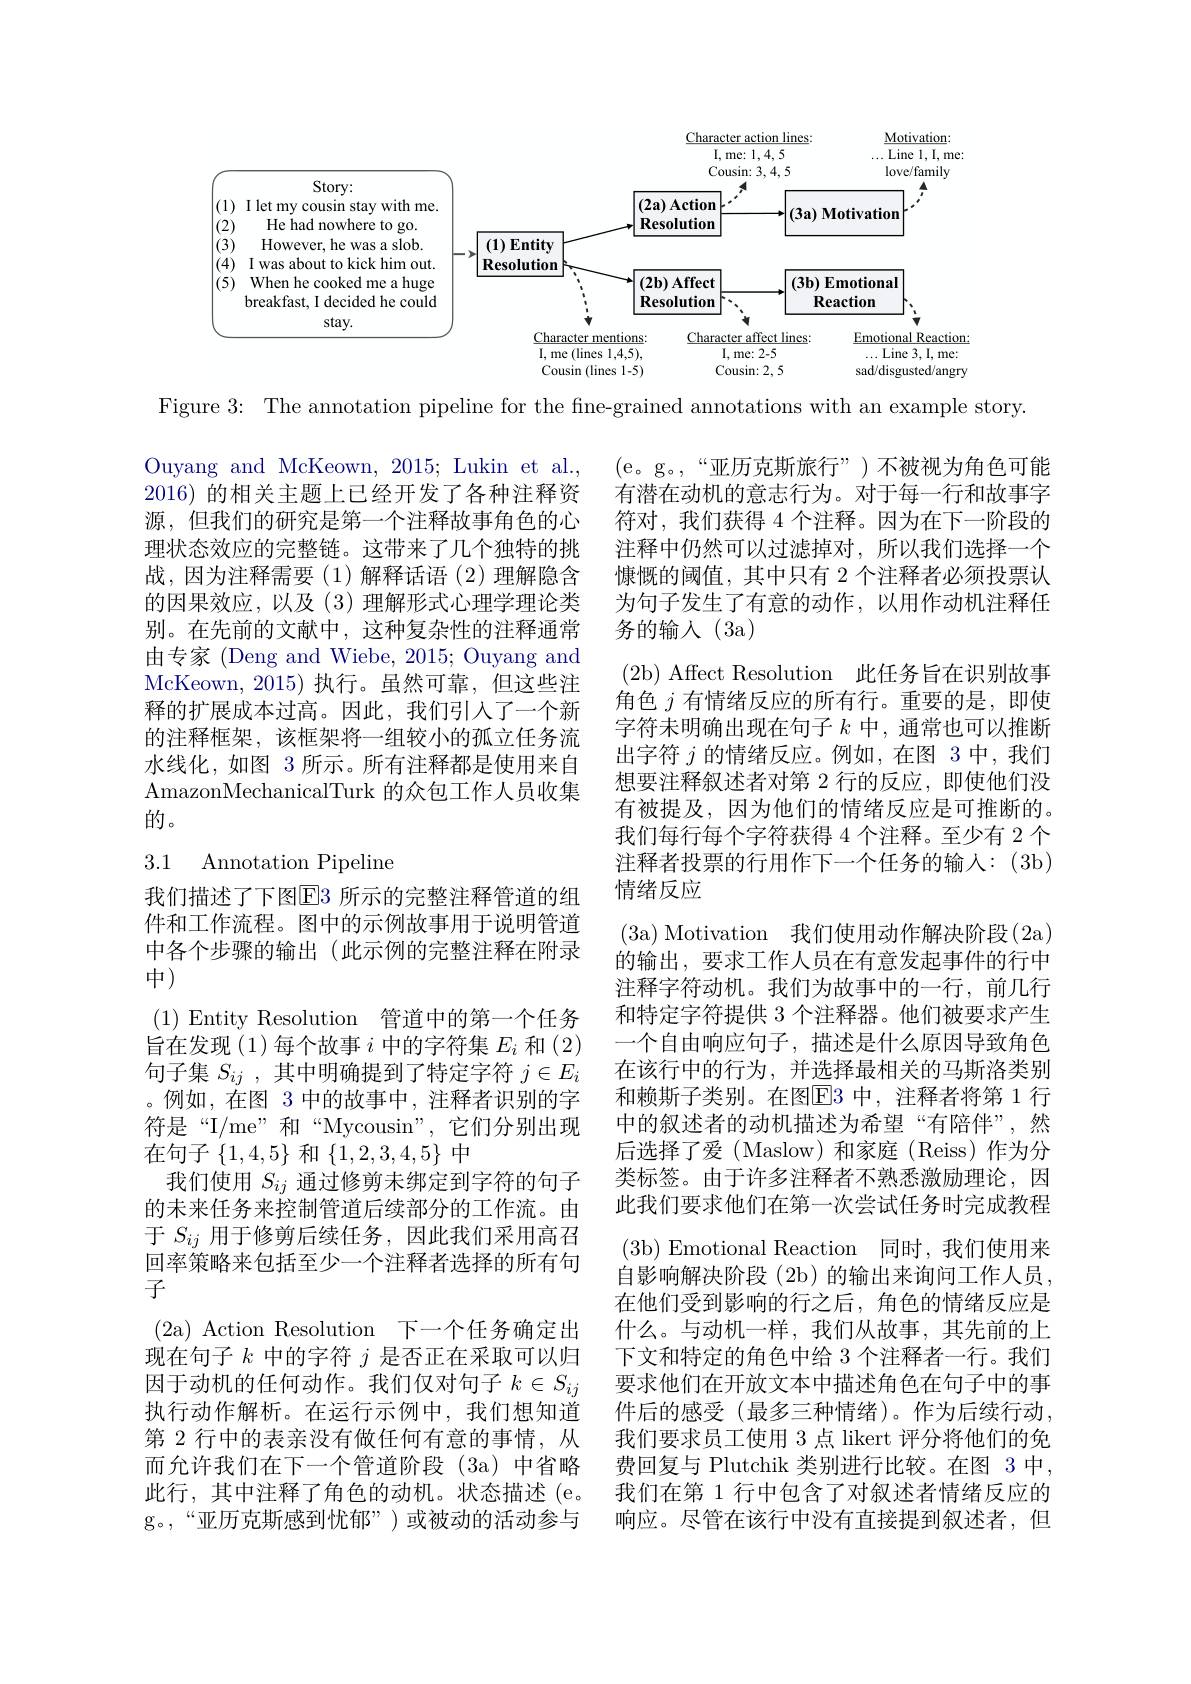
<FigureHere>

Figure 3: The annotation pipeline for the fine-grained annotations with an example story.

Ouyang and McKeown, 2015; Lukin et al., 2016) 的相关主题上已经开发了各种注释资源，但我们的研究是第一个注释故事角色的心理状态效应的完整链。这带来了几个独特的挑战，因为注释需要(1)解释话语(2)理解隐含的因果效应，以及(3)理解形式心理学理论类别。在先前的文献中，这种复杂性的注释通常由专家 (Deng and Wiebe, 2015; Ouyang and McKeown, 2015) 执行。虽然可靠，但这些注释的扩展成本过高。因此，我们引入了一个新的注释框架，该框架将一组较小的孤立任务流水线化，如图 3 所示。所有注释都是使用来自AmazonMechanicalTurk 的众包工作人员收集的。

## 3.1 Annotation Pipeline

(e。g。“亚历克斯旅行”)不被视为角色可能有潜在动机的意志行为。对于每一行和故事字符对，我们获得 4 个注释。因为在下一阶段的注释中仍然可以过滤掉对，所以我们选择一个慷慨的阈值，其中只有 2 个注释者必须投票认为句子发生了有意的动作，以用作动机注释任务的输人(3a)
( 2b) Affect Resolution 此任务旨在识别故事角色$j$有情绪反应的所有行。重要的是，即使字符未明确出现在句子$k$中，通常也可以推断出字符$j$的情绪反应。例如，在图 3中，我们想要注释叙述者对第 2 行的反应，即使他们没有被提及，因为他们的情绪反应是可推断的。我们每行每个字符获得 4 个注释。至少有 2 个注释者投票的行用作下一个任务的输人：(3b) 情绪反应
(3a)Motivation 我们使用动作解决阶段(2a) 的输出，要求工作人员在有意发起事件的行中注释字符动机。我们为故事中的一行，前几行和特定字符提供 3 个注释器。他们被要求产生一个自由响应句子，描述是什么原因导致角色在该行中的行为，并选择最相关的马斯洛类别和赖斯子类别。在图$\overline{\mathrm{E}}$3 中，注释者将第 1 行中的叙述者的动机描述为希望“有陪伴”,然后选择了爱 (Maslow)和家庭(Reiss)作为分类标签。由于许多注释者不熟悉激励理论，因此我们要求他们在第一次尝试任务时完成教程( 3b) Emotional Reaction 同时，我们使用来自影响解决阶段(2b)的输出来询问工作人员， 在他们受到影响的行之后，角色的情绪反应是什么。与动机一样，我们从故事，其先前的上下文和特定的角色中给 3 个注释者一行。我们要求他们在开放文本中描述角色在句子中的事件后的感受(最多三种情绪)。作为后续行动， 我们要求员工使用 3 点 likert 评分将他们的免费回复与 Plutchik 类别进行比较。在图 3 中， 我们在第 1 行中包含了对叙述者情绪反应的响应。尽管在该行中没有直接提到叙述者，但

我们描述了下图$\overline{\mathrm{E}}3$ 所示的完整注释管道的组件和工作流程。图中的示例故事用于说明管道中各个步骤的输出(此示例的完整注释在附录中)
$(1){\mathrm{~Entity~Resolution~}}$管道中的第一个任务旨在发现 (1)每个故事$i$中的字符集$E_i$和 (2) 句子集$S_{ij}$ ,其中明确提到了特定字符$j\in E_i$ 。例如，在图 3 中的故事中，注释者识别的字符是“I/me”和“Mycousin”,它们分别出现在句子$\{1,4,5\}$和$\{1,2,3,4,5\}$中
我们使用$S_{ij}$通过修剪未绑定到字符的句子的未来任务来控制管道后续部分的工作流。由于$S_{ij}$用于修剪后续任务，因此我们采用高召回率策略来包括至少一个注释者选择的所有句子
( 2a) Action Resolution 下一个任务确定出现在句子$k$中的字符$j$是否正在采取可以归因于动机的任何动作。我们仅对句子$k\in S_{ij}$ 执行动作解析。在运行示例中，我们想知道第 2 行中的表亲没有做任何有意的事情，从而允许我们在下一个管道阶段(3a)中省略此行，其中注释了角色的动机。状态描述(e。g。,“亚历克斯感到忧郁”)或被动的活动参与